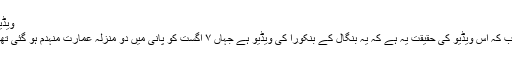
ویڈیو:
جب کہ اس ویڈیو کی حقیقت یہ ہے کہ یہ بنگال کے بنکورا کی ویڈیو ہے جہاں ٧ اگست کو پانی میں دو منزلہ عمارت منہدم ہو گئی تھی۔